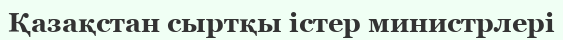
Қазақстан сыртқы істер министрлері